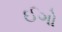
ઈગો